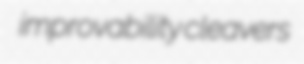
improvability cleavers